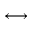
\longleftrightarrow